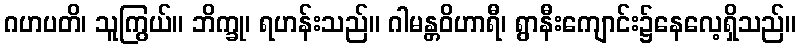
ဂဟပတိ၊ သူကြွယ်။ ဘိက္ခု၊ ရဟန်းသည်။ ဂါမန္တဝိဟာရီ၊ ရွာနီးကျောင်း၌နေလေ့ရှိသည်။